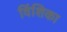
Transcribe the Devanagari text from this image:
विंशिका